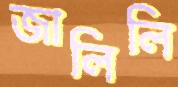
জালিলি